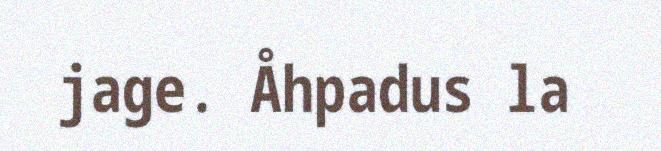
jage. Åhpadus la